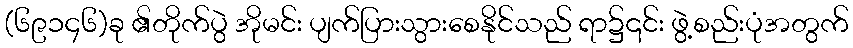
(၆၉၁၄၆)ခု ၏တိုက်ပွဲ အိုမင်း ပျက်ပြားသွားစေနိုင်သည် ရာ၌၎င်း ဖွဲ့စည်းပုံအတွက်